Leaving Certificate Examination, 1912
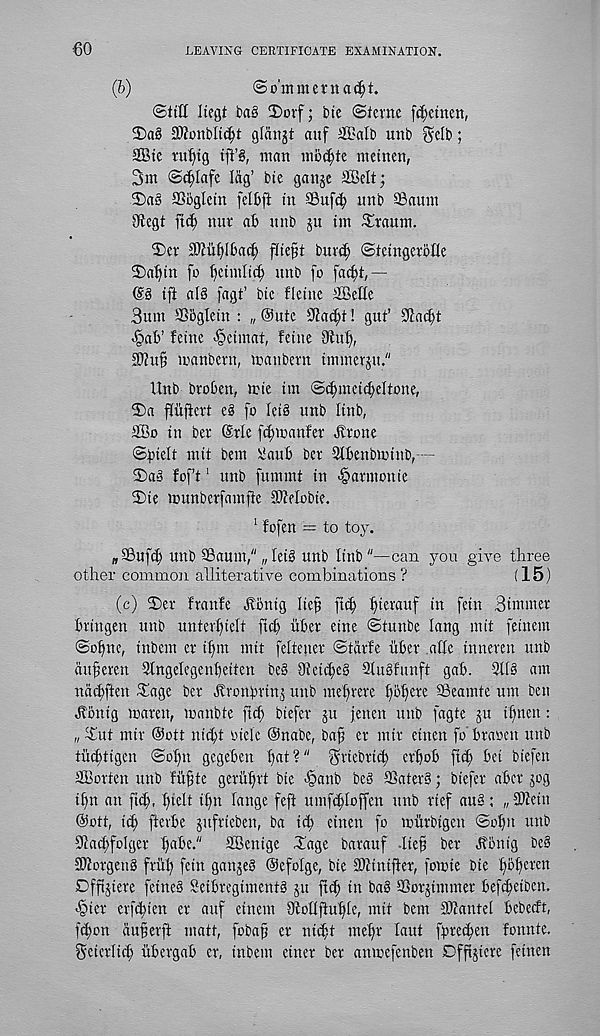
60
LEAVING CERTIFICATE EXAMINATION.
(6)
©o'mmenuidjt.
©till Itegt t>a§ S)orf; bie Sterne [(^etnen,
©)a§ Stfonbltcfjt gfangt auf SBatb unb 0;e[b;
SBie ru^tg tft’S, man niodjtc metnen,
3m ©t^Iafc lag’ bte ganje Selt;
®a§ SSoglem felbft in 30ufc| unb SBaum
Otegt ftc^ nur ab unb ju tin ^taum.
®er S0?uf)lba(^ fKieft bur^ ©teingerbfle
2)a^tn fo l)ctmlt(^ unb fo fa^t,—
@8 tfi al8 fagt’ btc fleinc SBetle
Bum ffibgletn : „®utc 9?ad)t! gut’ Ka^t
fetne <§etmat, fetne 9tu^,
2Jtu^ manbern, matt bent tmtnerju."
Unb broben, mte tm S^mctc^eltone,
©a ftiifiert e8 [o Iet8 unb Itnb,
2Co in ber (Srle fcEjmanfer itrone
©biclt mit bem itiaub ber 9lbenbmtnb,—
S)a8 foft 1 unb fummt in ^armonie
®ie munberfamfie 5>?eIobie.
1 fofen = to toy.
w £Buf$ unb ffiaum," „let8 unb linb "—can you give three
other common alliterative combinations?
(15)
(c) 2)er franfe Jtonig Ite^ ftd; t)ierauf in fcin Btmmer
bringen unb unter^ielt ftcb iiber eine ©tunbe lang mit fetnem
©ofine, inbcm er i^m mit feltener ©tarfe rtber afle innereu unb
auferen Stngelegenbeiten be§ OtetdjeS QtuSfunft gab. 3118 am
nact)ften ^age ber Jlronbrin^ unb me^rere 1)5^ere SBeamte urn ben
Jlbnig maren, manbte ftd) biefer ju jenen unb fagte ju tl)nen:
„ ^ut mtr @ott nic^t tuele @nabe, ba^ er mir ctnen fo braren unb
tucfhigcn ©ofm gegeben I)at?" ^riebricft er'bob ftcft bet biefett
Shorten unb fii§te gerut)rt bte <§anb be8 SSater8; biefer aber jog
if)n an ftcf), fnelt ifm lange feft umf^loffcn unb rtef au8: „ 3Jfettt
@ott, it^ fterbe jufrteben, ba it^ einen fo murbtgen ©obn unb
91act)folger babe." SBentge Hage barauf .Ite§ ber Jfbnig bc§
SOtorgeng frul) fein ganjeS ©cfolge, bie ©Ztntfler, fomie bte bbb crcn
Dfftjiere feineS Seibregimentg jit ftcb in ba§ S3orjiminer befibetbcn.
-§ier erfcbien er auf etnem StoOftuble, mit bem Sftantel bebecft,
fcbon auferft matt, fobaf er ni^t mebr laut fprecben f'onnte.
Betcrlicb ubergab er, inbem etner ber anmefenben Dfftjtcre fetnen